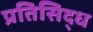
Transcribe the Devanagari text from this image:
प्रतिसिद्ध